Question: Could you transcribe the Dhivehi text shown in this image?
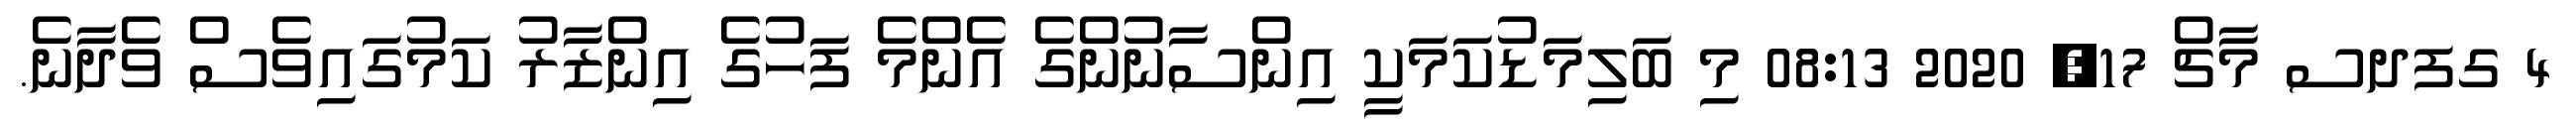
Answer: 4 ގފދސ މާޗް 17, 2020 08:13 މި ބަލިމަޑުކަމަކީ އިންސާނުންގެ އެންމެ ފަހުގެ އިންޒާރު ކަމުގައިވެސް ވެދާނެ.